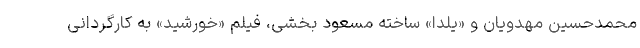
محمدحسین مهدویان و «یلدا» ساخته مسعود بخشی، فیلم «خورشید» به کارگردانی